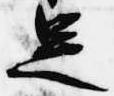
足